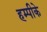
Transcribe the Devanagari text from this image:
हम्पीके